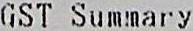
GST SUMMARY